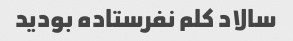
سالاد کلم نفرستاده بودید